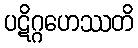
ပဋိဂ္ဂဟေဿတိ